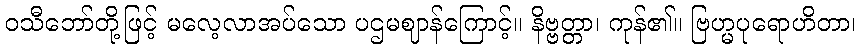
ဝသီဘော်တို့ဖြင့် မလေ့လာအပ်သော ပဌမဈာန်ကြောင့်။ နိဗ္ဗတ္တာ၊ ကုန်၏။ ဗြဟ္မပုရောဟိတာ၊